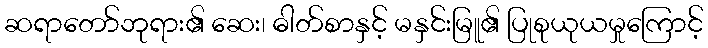
ဆရာတော်ဘုရား၏ ဆေး၊ ဓါတ်စာနှင့် မနှင်းမြူ၏ ပြုစုယုယမှုကြောင့်